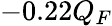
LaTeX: -0.22Q_{F}